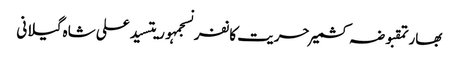
بھارتمقبوضہ کشمیرحریت کانفرنسجمہوریتسید علی شاہ گیلانی